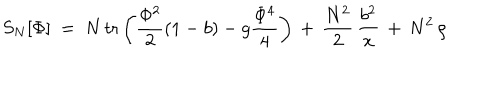
S _ { N } [ \Phi ] \ = \ N \, \mathrm { t r } \left( { \frac { \Phi ^ { 2 } } { 2 } } ( 1 - b ) - g { \frac { \Phi ^ { 4 } } { 4 } } \right) \, + \, { \frac { N ^ { 2 } } { 2 } } \, { \frac { b ^ { 2 } } { x } } \, + \, N ^ { 2 } \, \rho